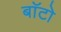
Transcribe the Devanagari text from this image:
बाॅटो